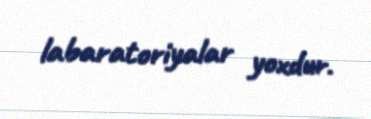
labaratoriyalar yoxdur.